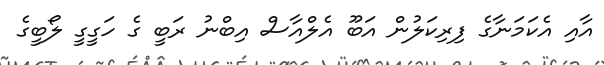
އާއި އެކަމަނާގެ ފިރިކަލުން އަބޫ އެލްއާސް އިބްނު ރަބީ ގެ ހަގީގީ ލޯބީގެ